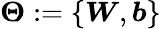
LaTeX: \boldsymbol\Theta:=\{ \boldsymbol W,\boldsymbol b\}